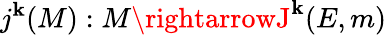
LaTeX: j^{\mathbf{k}}(M):M\rightarrowJ^{\mathbf{k}}(E,m)